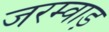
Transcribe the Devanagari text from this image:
जरम्वाड़